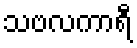
သဗလကာရီ